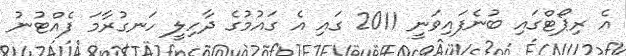
އެ ރިޕޯޓްގައި ބުނެފައިވަނީ 2011 ގައި އެ ގައުމުގެ ދާހިލީ ހަނގުރާމަ ފެއްޓުނު